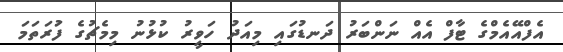
އެފްއޭއެމްގެ ޓާފް އެއް ނަންބަރު ދަނޑުގައި މިއަދު ހަވީރު ކުޅުނު މިމެޗުގެ ފުަރަތަމަ